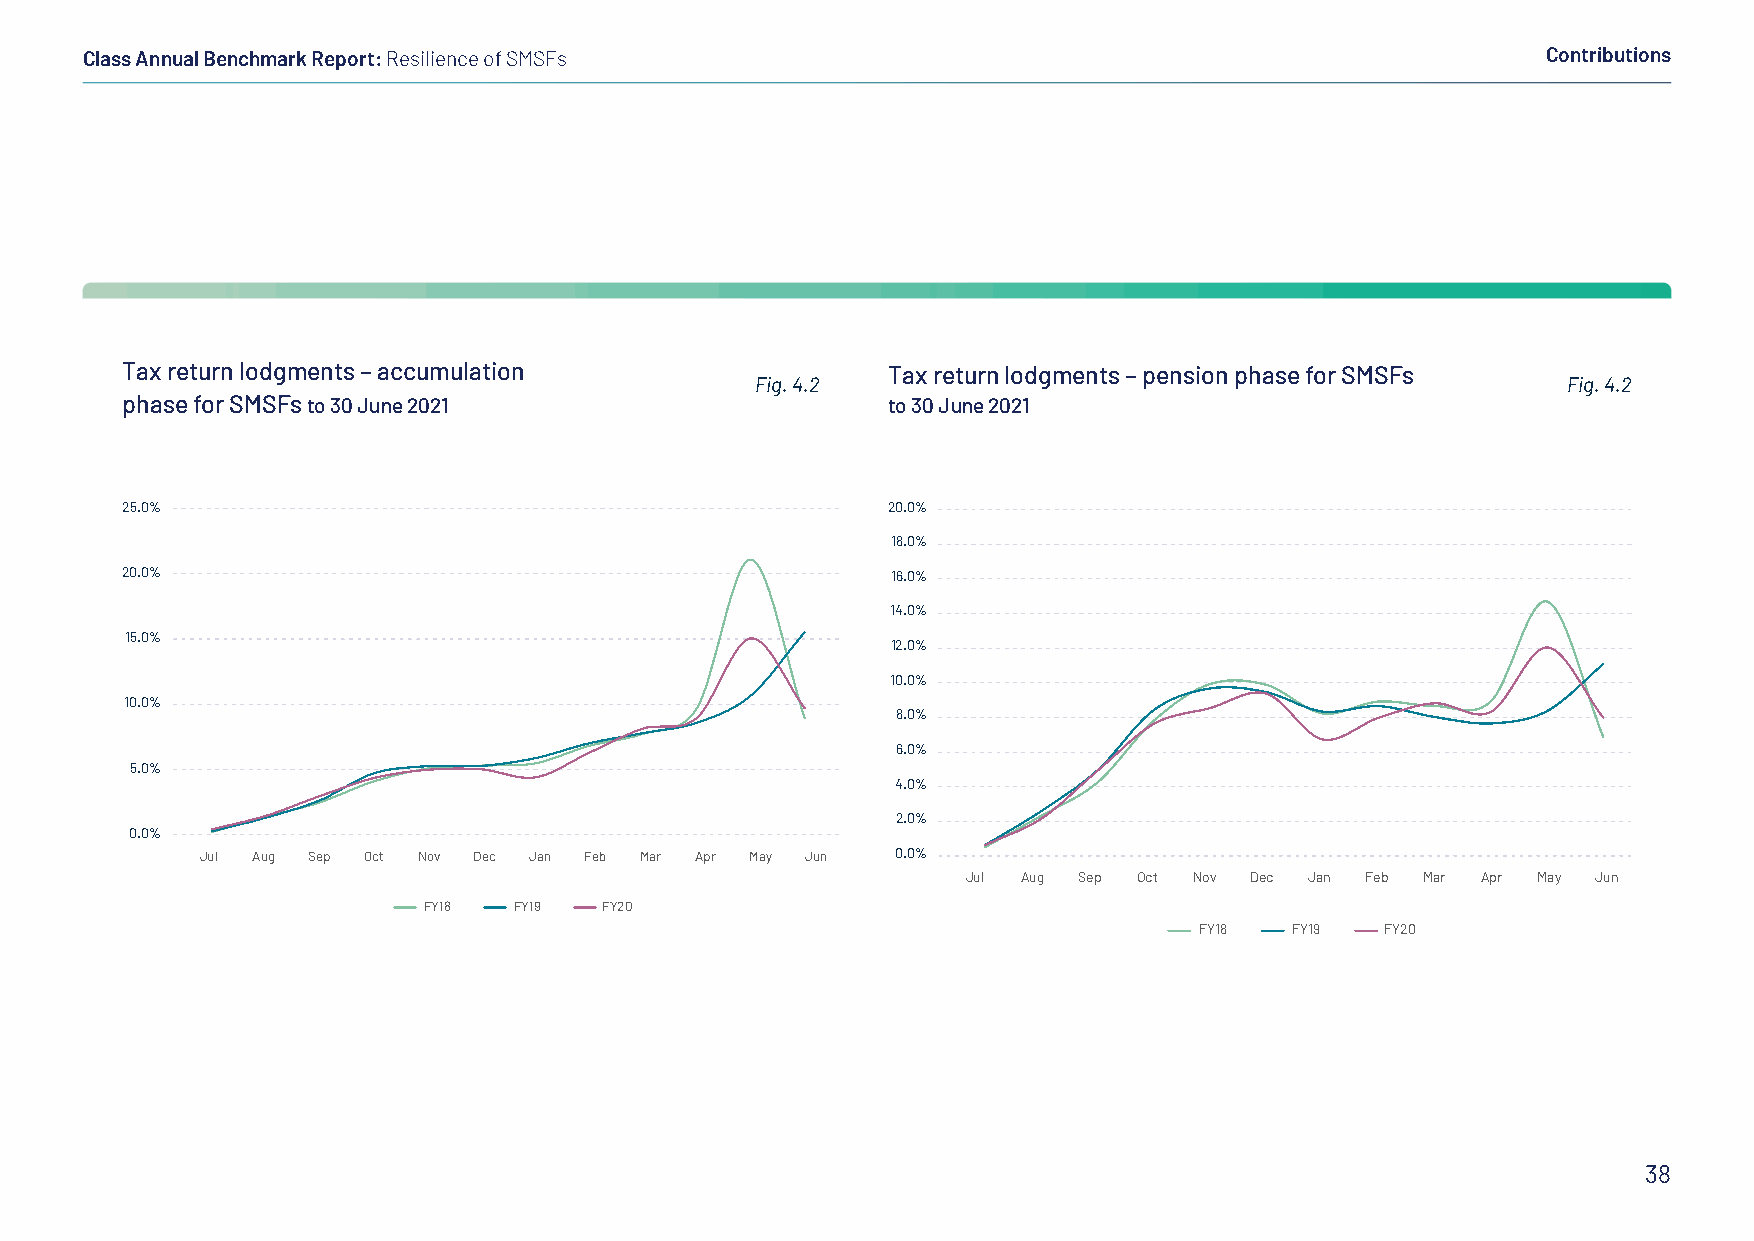
Class Annual Benchmark Report: Resilience of SMSFs                                               Contributions
 Tax return lodgments – accumulation                Tax return lodgments – pension phase for SMSFs
 Fig. 4.2                                              Fig. 4.2
 phase for SMSFs to 30 June 2021                    to 30 June 2021
 25.0%                                              20.0%
 18.0%
 20.0%                                              16.0%
 14.0%
 15.0%
 12.0%
 10.0%
 10.0%
 8.0%
 6.0%
 5.0%
 4.0%
 2.0%
 0.0%
 Jul Aug Sep Oct Nov Dec Jan Feb Mar Apr May Jun 0.0%
 Jul Aug Sep Oct Nov Dec Jan Feb Mar Apr May Jun
 FY18  FY19  FY20
 FY18   FY19  FY20
 38